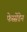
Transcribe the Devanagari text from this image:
फेस्सेंडेन